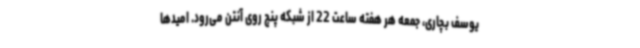
یوسف بچاری، جمعه هر هفته ساعت 22 از شبکه پنج روی‌ آنتن می‌رود. امیدها